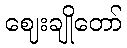
ဈေးချိုတော်